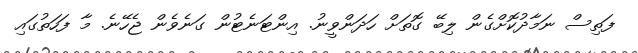
ފަތިސް ނަމާދުކޮށްގެން ލިބޭ ގޮތަށް ހަދަންވީނު. އިންޓަނެޓުން ގަނެވެން ޖެހޭނެ. މާ ފަހަތުގައި